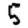
Digit: 5